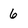
Character: 6